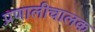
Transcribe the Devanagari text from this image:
प्रणालीचालक